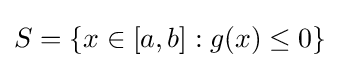
S=\{x\in [a,b]:g(x)\leq 0\}